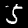
Label: 5